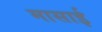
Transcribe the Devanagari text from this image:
मासाई